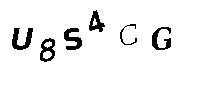
U8S4CG